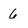
Character: 6